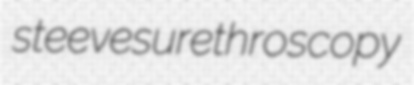
steeves urethroscopy